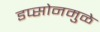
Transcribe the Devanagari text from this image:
डप्सोनमुळे